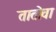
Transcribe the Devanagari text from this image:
तातोवा